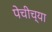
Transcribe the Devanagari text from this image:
पेचीच्या